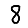
Digit: 8